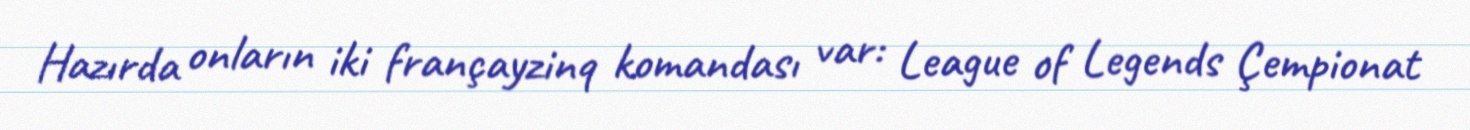
Hazırda onların iki françayzinq komandası var: League of Legends Çempionat